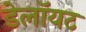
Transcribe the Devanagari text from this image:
डेलॉयट